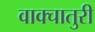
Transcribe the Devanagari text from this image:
वाक्चातुरी